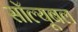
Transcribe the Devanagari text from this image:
सॉल्यूबल